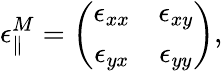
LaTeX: \epsilon_{\parallel}^{M}=\left(\begin{array}{cc}{\epsilon_{xx}}&{\epsilon_{xy}}\\ {\epsilon_{yx}}&{\epsilon_{yy}}\end{array}\right),